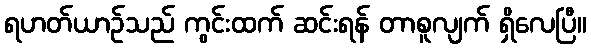
ရဟတ်ယာဉ်သည် ကွင်းထက် ဆင်းရန် တာစူလျက် ရှိလေပြီ။